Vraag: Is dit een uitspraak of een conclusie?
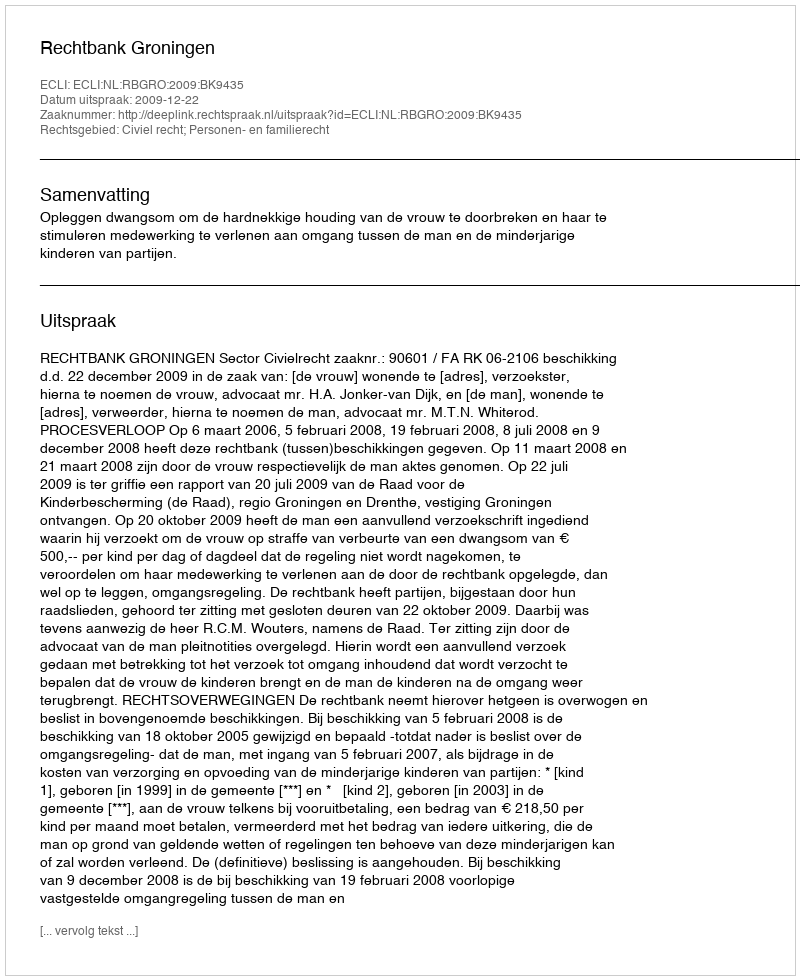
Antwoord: Uitspraak